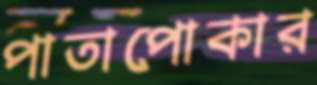
পাতাপোকার